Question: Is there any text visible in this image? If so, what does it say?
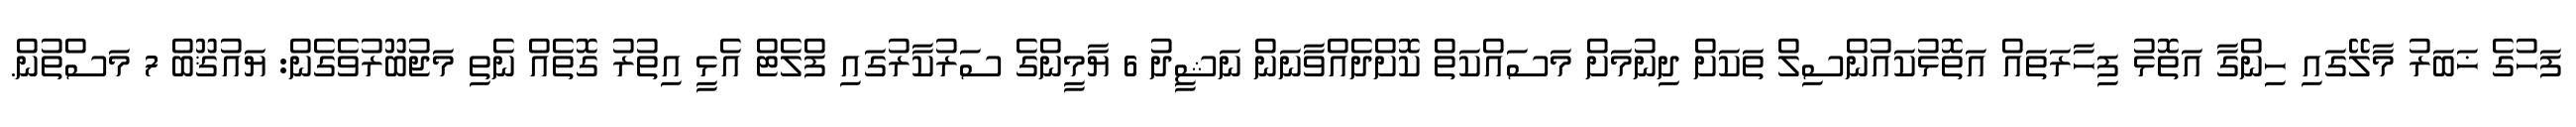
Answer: ފަހުގެ ޚަބަރު މާލޭގައި ހިންގާ އަތޮޅު ފިހާރަތައް އަތޮޅުކައުންސިލް ތަކަށް ދިނުމަށް މަސައްކަތް ކޮށްދެއްވާނަން ނަޝީދު 6 ޔާމީންގެ ސަރުކާރުގައި ފްލެޓް އެޅީ އިތުރު ގޮތެއް ނެތި މަޖުބޫރުވެގެން: ޔައުޤޫބް 7 މަސްތުން.